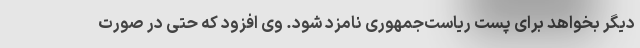
دیگر بخواهد برای پست ریاست‌جمهوری نامزد شود. وی افزود که حتی در صورت